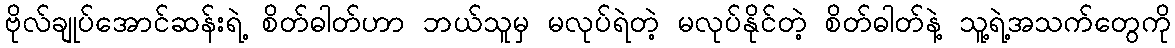
ဗိုလ်ချုပ်အောင်ဆန်းရဲ့ စိတ်ဓါတ်ဟာ ဘယ်သူမှ မလုပ်ရဲတဲ့ မလုပ်နိုင်တဲ့ စိတ်ဓါတ်နဲ့ သူ့ရဲ့အသက်တွေကို